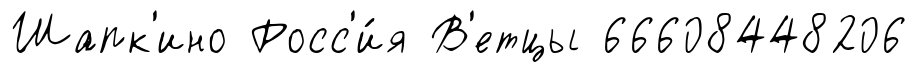
Шапк'ино Росс'и́я В'етцы 66608448206